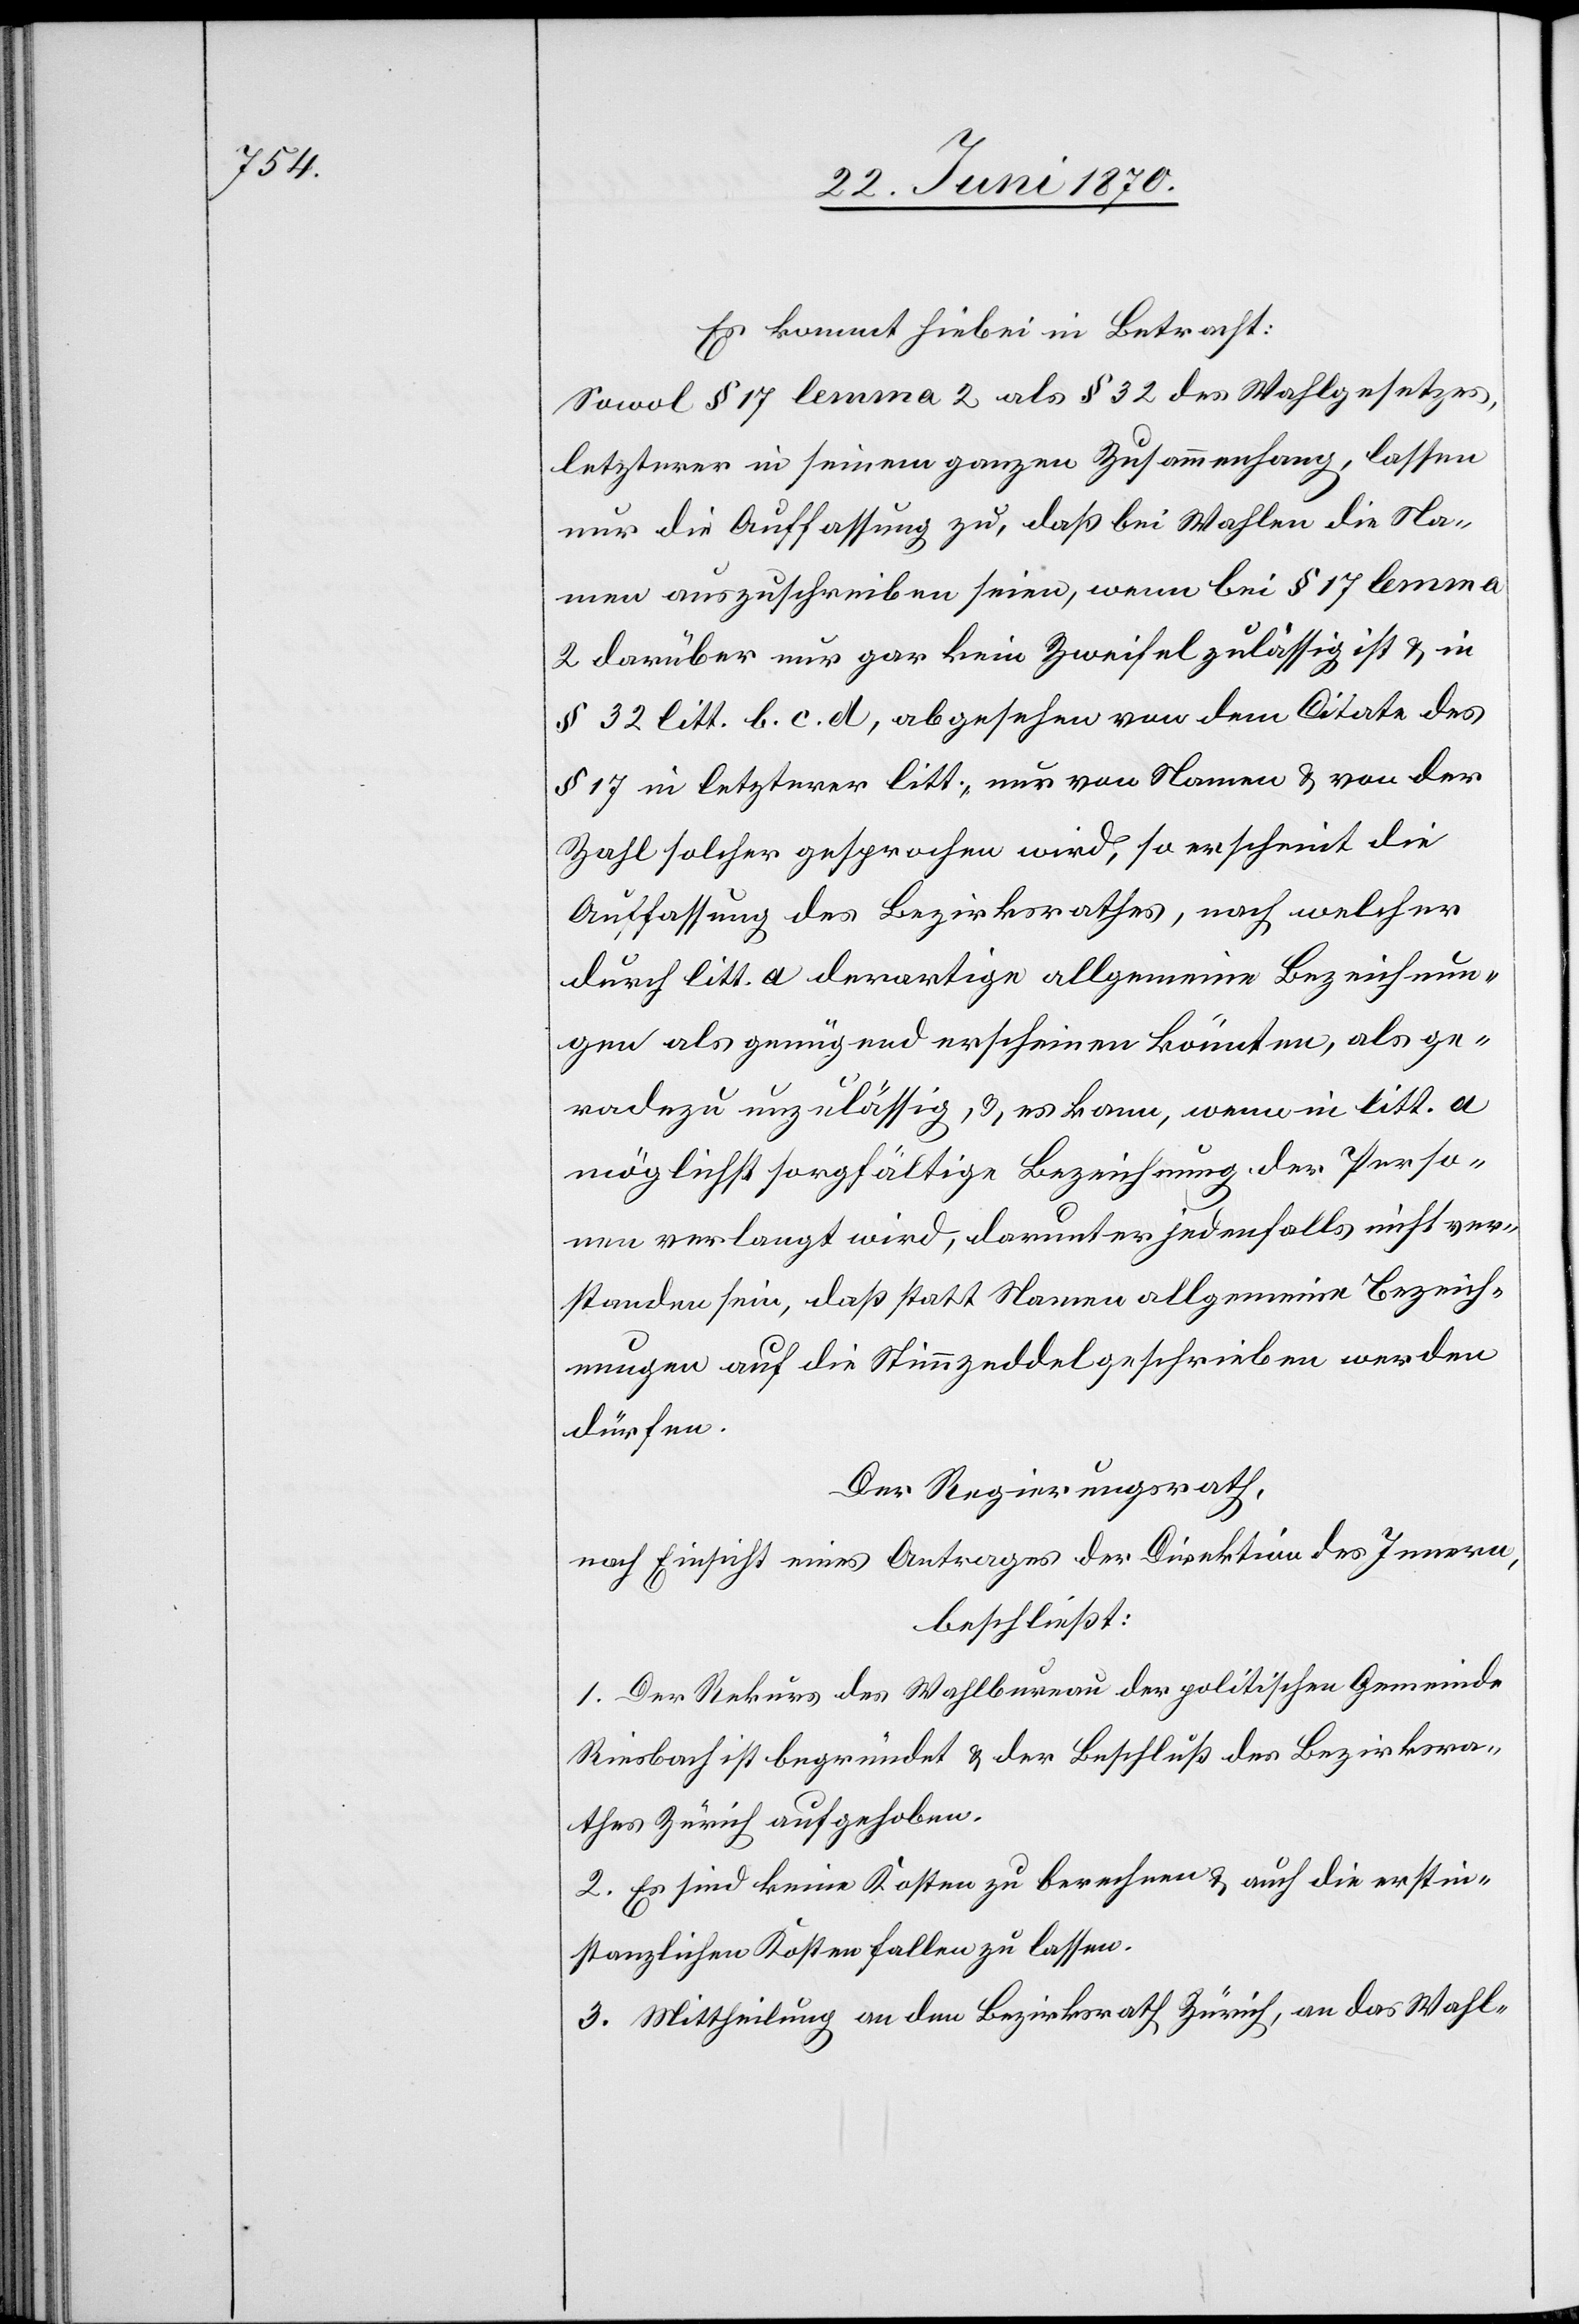
Es kommt hiebei in Betracht:
Sowol § 17 lemma 2 als § 32 des Wahlgesetzes,
letzterer in seinem ganzen Zusammenhang, lassen
nur die Auffassung zu, daß bei Wahlen die Na¬
men auszuschreiben seien, wenn bei § 17 lemma a
2 darüber nur gar kein Zweifel zulässig ist & in
§ 32 litt. b. c. d, abgesehen von dem Citate des
§ 17 in letzterer litt., nur von Namen & von der
Zahl solcher gesprochen wird, so erscheint die
Auffassung des Bezirksrathes, nach welcher
durch litt. a derartige allgemeine Bezeichnun¬
gen als genügend erscheinen könnten, als ge¬
radezu unzulässig, & es kann, wenn in litt. a
möglichst sorgfältige Bezeichnung der Perso¬
nen verlangt wird, darunter jedenfalls nicht ver¬
standen sein, daß statt Namen allgemeine Bezeich¬
nungen auf die Stimmzeddel geschrieben werden
dürfen.
Der Regierungsrath,
nach Einsicht eines Antrages der Direktion des Innern,
beschließt:
1. Der Rekurs des Wahlbureau der politischen Gemeinde
Riesbach ist begründet & der Beschluß des Bezirksra¬
thes Zürich aufgehoben.
2. Es sind keine Kosten zu berechnen & auch die erstin¬
stanzlichen Kosten fallen zu lassen.
3. Mittheilung an den Bezirksrath Zürich, an das Wahl-